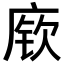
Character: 𫷷